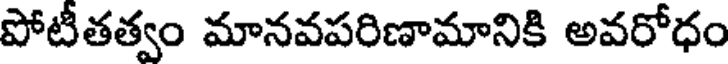
పోటీతత్వం మానవపరిణామానికి అవరోధం